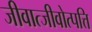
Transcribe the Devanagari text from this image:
जीवात्जीवोत्पत्ति